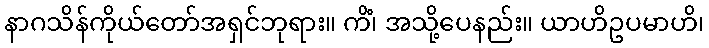
နာဂသိန်ကိုယ်တော်အရှင်ဘုရား။ ကိံ၊ အသို့ပေနည်း။ ယာဟိဥပမာဟိ၊